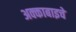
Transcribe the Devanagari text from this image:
अक्काबाइचे